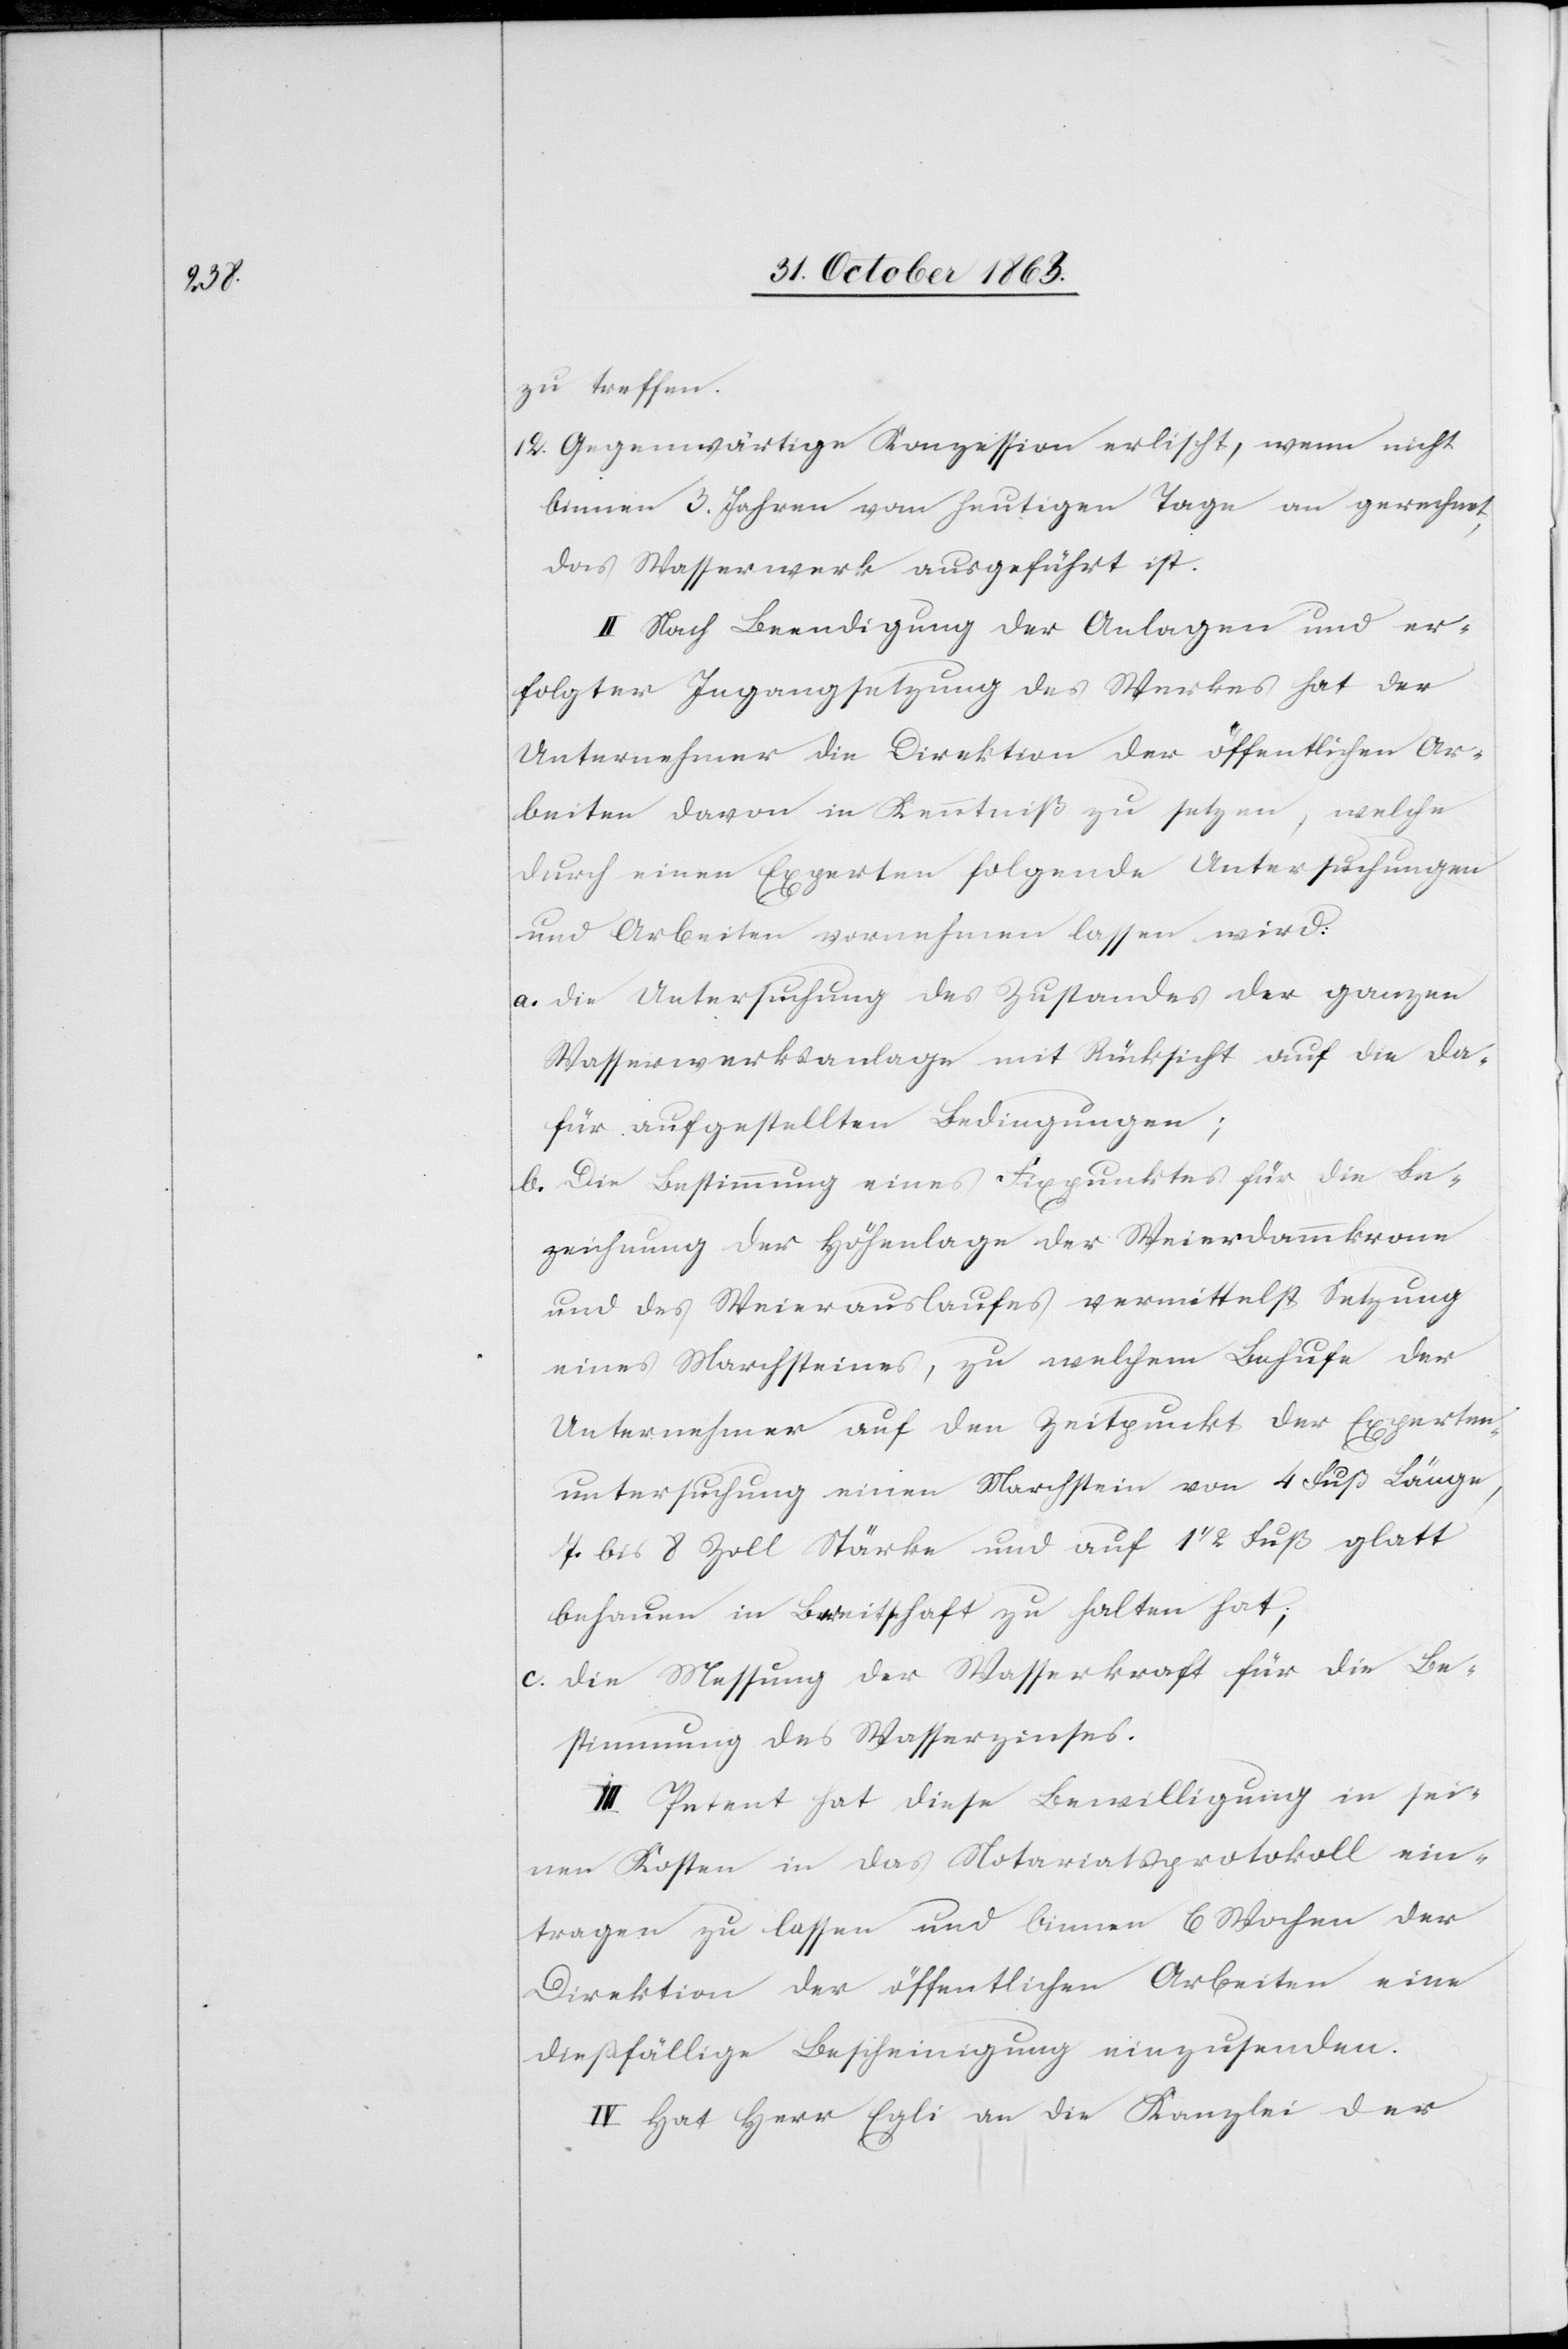
zu treffen.
12. Gegenwärtige Konzession erlischt, wenn nicht
binnen 3. Jahren vom heutigen Tage an gerechnet,
das Wasserwerk ausgeführt ist.
II. Nach Beendigung der Anlagen und er¬
folgter Ingangsetzung des Werkes hat der
Unternehmer die Direktion der öffentlichen Ar¬
beiten davon in Kenntniß zu setzen, welche
durch einen Experten folgende Untersuchungen
und Arbeiten vornehmen lassen wird:
a. die Untersuchung des Zustandes der ganzen
Wasserwerksanlage mit Rücksicht auf die da¬
für aufgestellten Bedingungen;
b. Die Bestimmung eines Fixpunktes für die Be¬
zeichnung der Höhenlage der Weierdammkrone
und des Weierauslaufes vermittelst Setzung
eines Marchsteines, zu welchem Behufe der
Unternehmer auf den Zeitpunkt der Experten¬
untersuchung einen Marchstein von 4 Fuß Länge,
7. bis 8 Zoll Stärke und auf 1 1/2 Fuß glatt
behauen in Bereitschaft zu halten hat;
c. die Messung der Wasserkraft für die Be¬
stimmung des Wasserzinses.
III. Petent hat diese Bewilligung in sei¬
nen Kosten in das Notariatsprotokoll ein¬
tragen zu lassen und binnen 6 Wochen der
Direktion der öffentlichen Arbeiten eine
dießfällige Bescheinigung einzusenden.
IV. Hat Herr Egli an die Kanzlei der